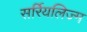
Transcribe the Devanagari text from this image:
सर्रियलिज्म